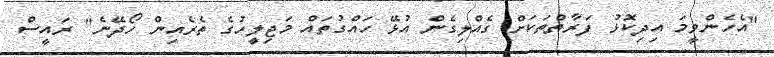
"އެހެންވީމަ އިދިކޮޅު ފަރާތްތަކަށް ގެއްލިގެން އުޅޭ ހައްގުތައް މަޖިލީހުގެ ތެރެއިން ހޯދޭނެ" ރައީސް